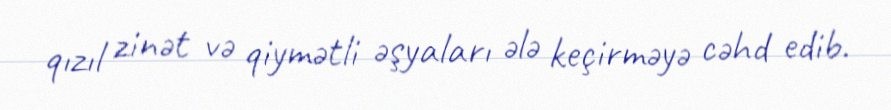
qızıl zinət və qiymətli əşyaları ələ keçirməyə cəhd edib.